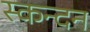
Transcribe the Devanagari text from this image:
स्कन्दन